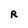
Character: R